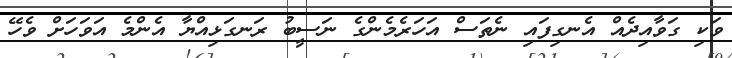
ވަކި ގަވާއިދެއް އެނގިފައި ނެތަސް އަހަރެމެންގެ ނަސީބު ރަނގަޅިއްޔާ އެންމެ އަވަހަށް ވެހޭ